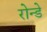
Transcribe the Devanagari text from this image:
रोन्डे